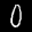
Label: 0